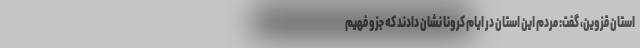
استان قزوین، گفت: مردم این استان در ایام کرونا نشان دادند که جزو فهیم